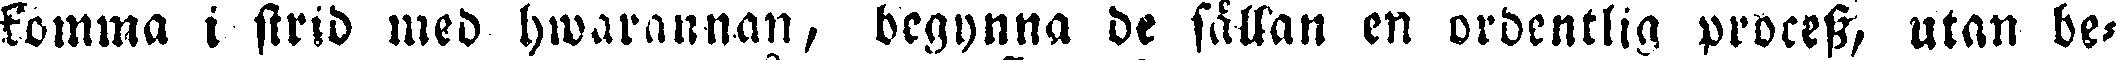
komma i strid med hwarannan, begynna de sällan en ordentlig process, utan be-